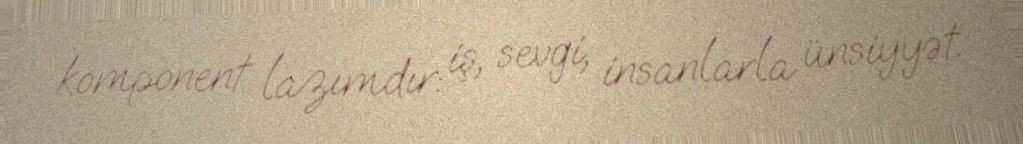
komponent lazımdır: iş, sevgi, insanlarla ünsiyyət.